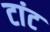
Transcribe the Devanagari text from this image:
टांट